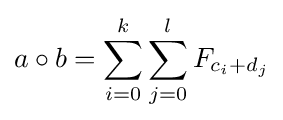
a\circ b=\sum _{i=0}^{k}\sum _{j=0}^{l}F_{c_{i}+d_{j}}